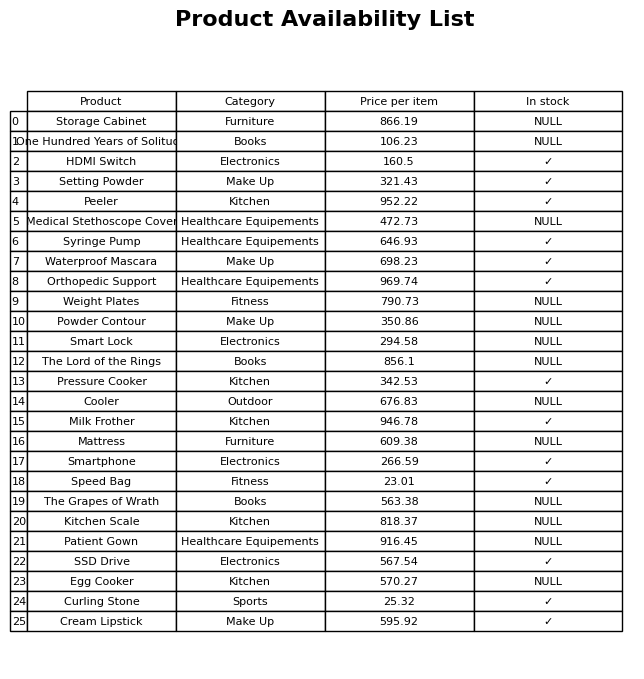
question: Which products are available in stock?
answer: HDMI Switch, Setting Powder, Peeler, Syringe Pump, Waterproof Mascara, Orthopedic Support, Pressure Cooker, Milk Frother, Smartphone, Speed Bag, SSD Drive, Curling Stone, Cream Lipstick